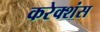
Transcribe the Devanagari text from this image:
करेक्शंस